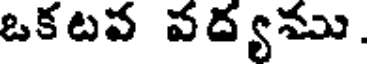
ఒకటవ వద్యము.